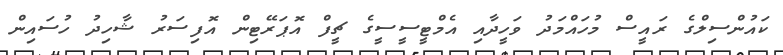
ކައުންސިލްގެ ރައީސް މުހައްމަދު ވަހީދާއި އެމްޓީސީސީގެ ޗީފް އޮޕަރޭޓިން އޮފިސަރު ޝާހިދު ހުސައިން